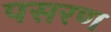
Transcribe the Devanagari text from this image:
पसरण